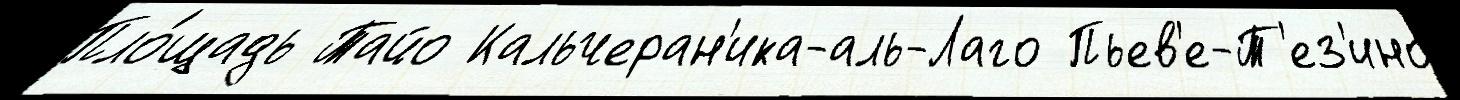
Пло́щадь Тайо Кальчеран'ика-аль-Лаго Пьев'е-Т'ез'ино